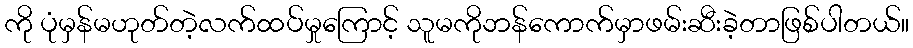
ကို ပုံမှန်မဟုတ်တဲ့လက်ထပ်မှုကြောင့် သူမကိုဘန်ကောက်မှာဖမ်းဆီးခဲ့တာဖြစ်ပါတယ်။